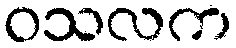
ဝသလက